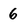
Character: 6